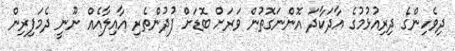
ދިވެހިންގެ ދިރިއުޅުމުގެ އާދަކާދަ އޮންނަގޮތުން ވަރަށް ބޮޑަށް ފުދުންތެރި އާއިލާއެއް ނޫނީ ދެމަފިރިން